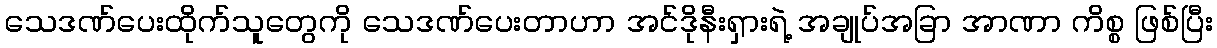
သေဒဏ်ပေးထိုက်သူတွေကို သေဒဏ်ပေးတာဟာ အင်ဒိုနီးရှားရဲ့ အချုပ်အခြာ အာဏာ ကိစ္စ ဖြစ်ပြီး